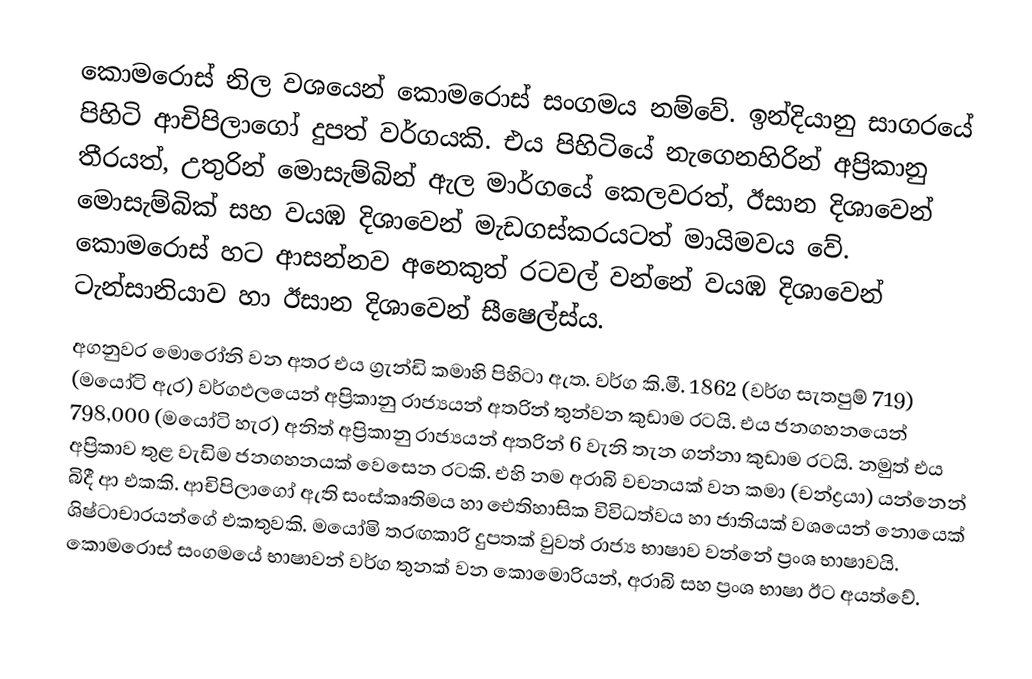
කොමරොස් නිල වශයෙන් කොමරොස් සංගමය නම්වේ. ඉන්දියානු සාගරයේ පිහිටි ආචිපිලාගෝ දුපත් වර්ගයකි. එය පිහිටියේ නැගෙනහිරින් අප්‍රිකානු තීරයත්, උතුරින් මොසැම්බින් ඇල මාර්ගයේ කෙලවරත්, ඊසාන දිශාවෙන් මොසැම්බික් සහ වයඹ දිශාවෙන් මැඩගස්කරයටත් මායිමවය වේ. කොමරොස් හට ආසන්නව අනෙකුත් රටවල් වන්නේ වයඹ දිශාවෙන් ටැන්සානියාව හා ඊසාන දිශාවෙන් සීෂෙල්ස්ය.
අගනුවර මොරෝනි වන අතර එය ග්‍රැන්ඩි කමාහි පිහිටා ඇත. වර්ග කි.මී. 1862 (වර්ග සැතපුම් 719) (මයෝටි ඇර) වර්ගඵලයෙන් අප්‍රිකානු රාජ්‍යයන් අතරින් තුන්වන කුඩාම රටයි. එය ජනගහනයෙන් 798,000 (මයෝටි හැර) අ‍නිත් අප්‍රිකානු රාජ්‍යයන් අතරින් 6 වැනි තැන ගන්නා කුඩාම රටයි. නමුත් එය අප්‍රිකාව තුළ වැඩිම ජනගහනයක් වෙසෙන රටකි. එහි නම අරාබි වචනයක් වන කමා (චන්ද්‍රයා) යන්නෙන් බිදී ආ එකකි. ආචිපිලාගෝ ඇති සංස්කෘතිමය හා ඓතිහාසික විවිධත්වය හා ජාතියක් වශයෙන් නොයෙක් ශිෂ්ටාචාරයන්ගේ එකතුවකි. මයෝමි තරඟකාරි දුපතක් වුවත් රාජ්‍ය භාෂාව වන්නේ ප්‍රංශ භාෂාවයි. කොමරොස් සංගමයේ භාෂාවන් වර්ග තුනක් වන කොමොරියන්, අරාබි සහ ප්‍රංශ භාෂා ඊට අයත්වේ.